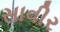
સાવીર